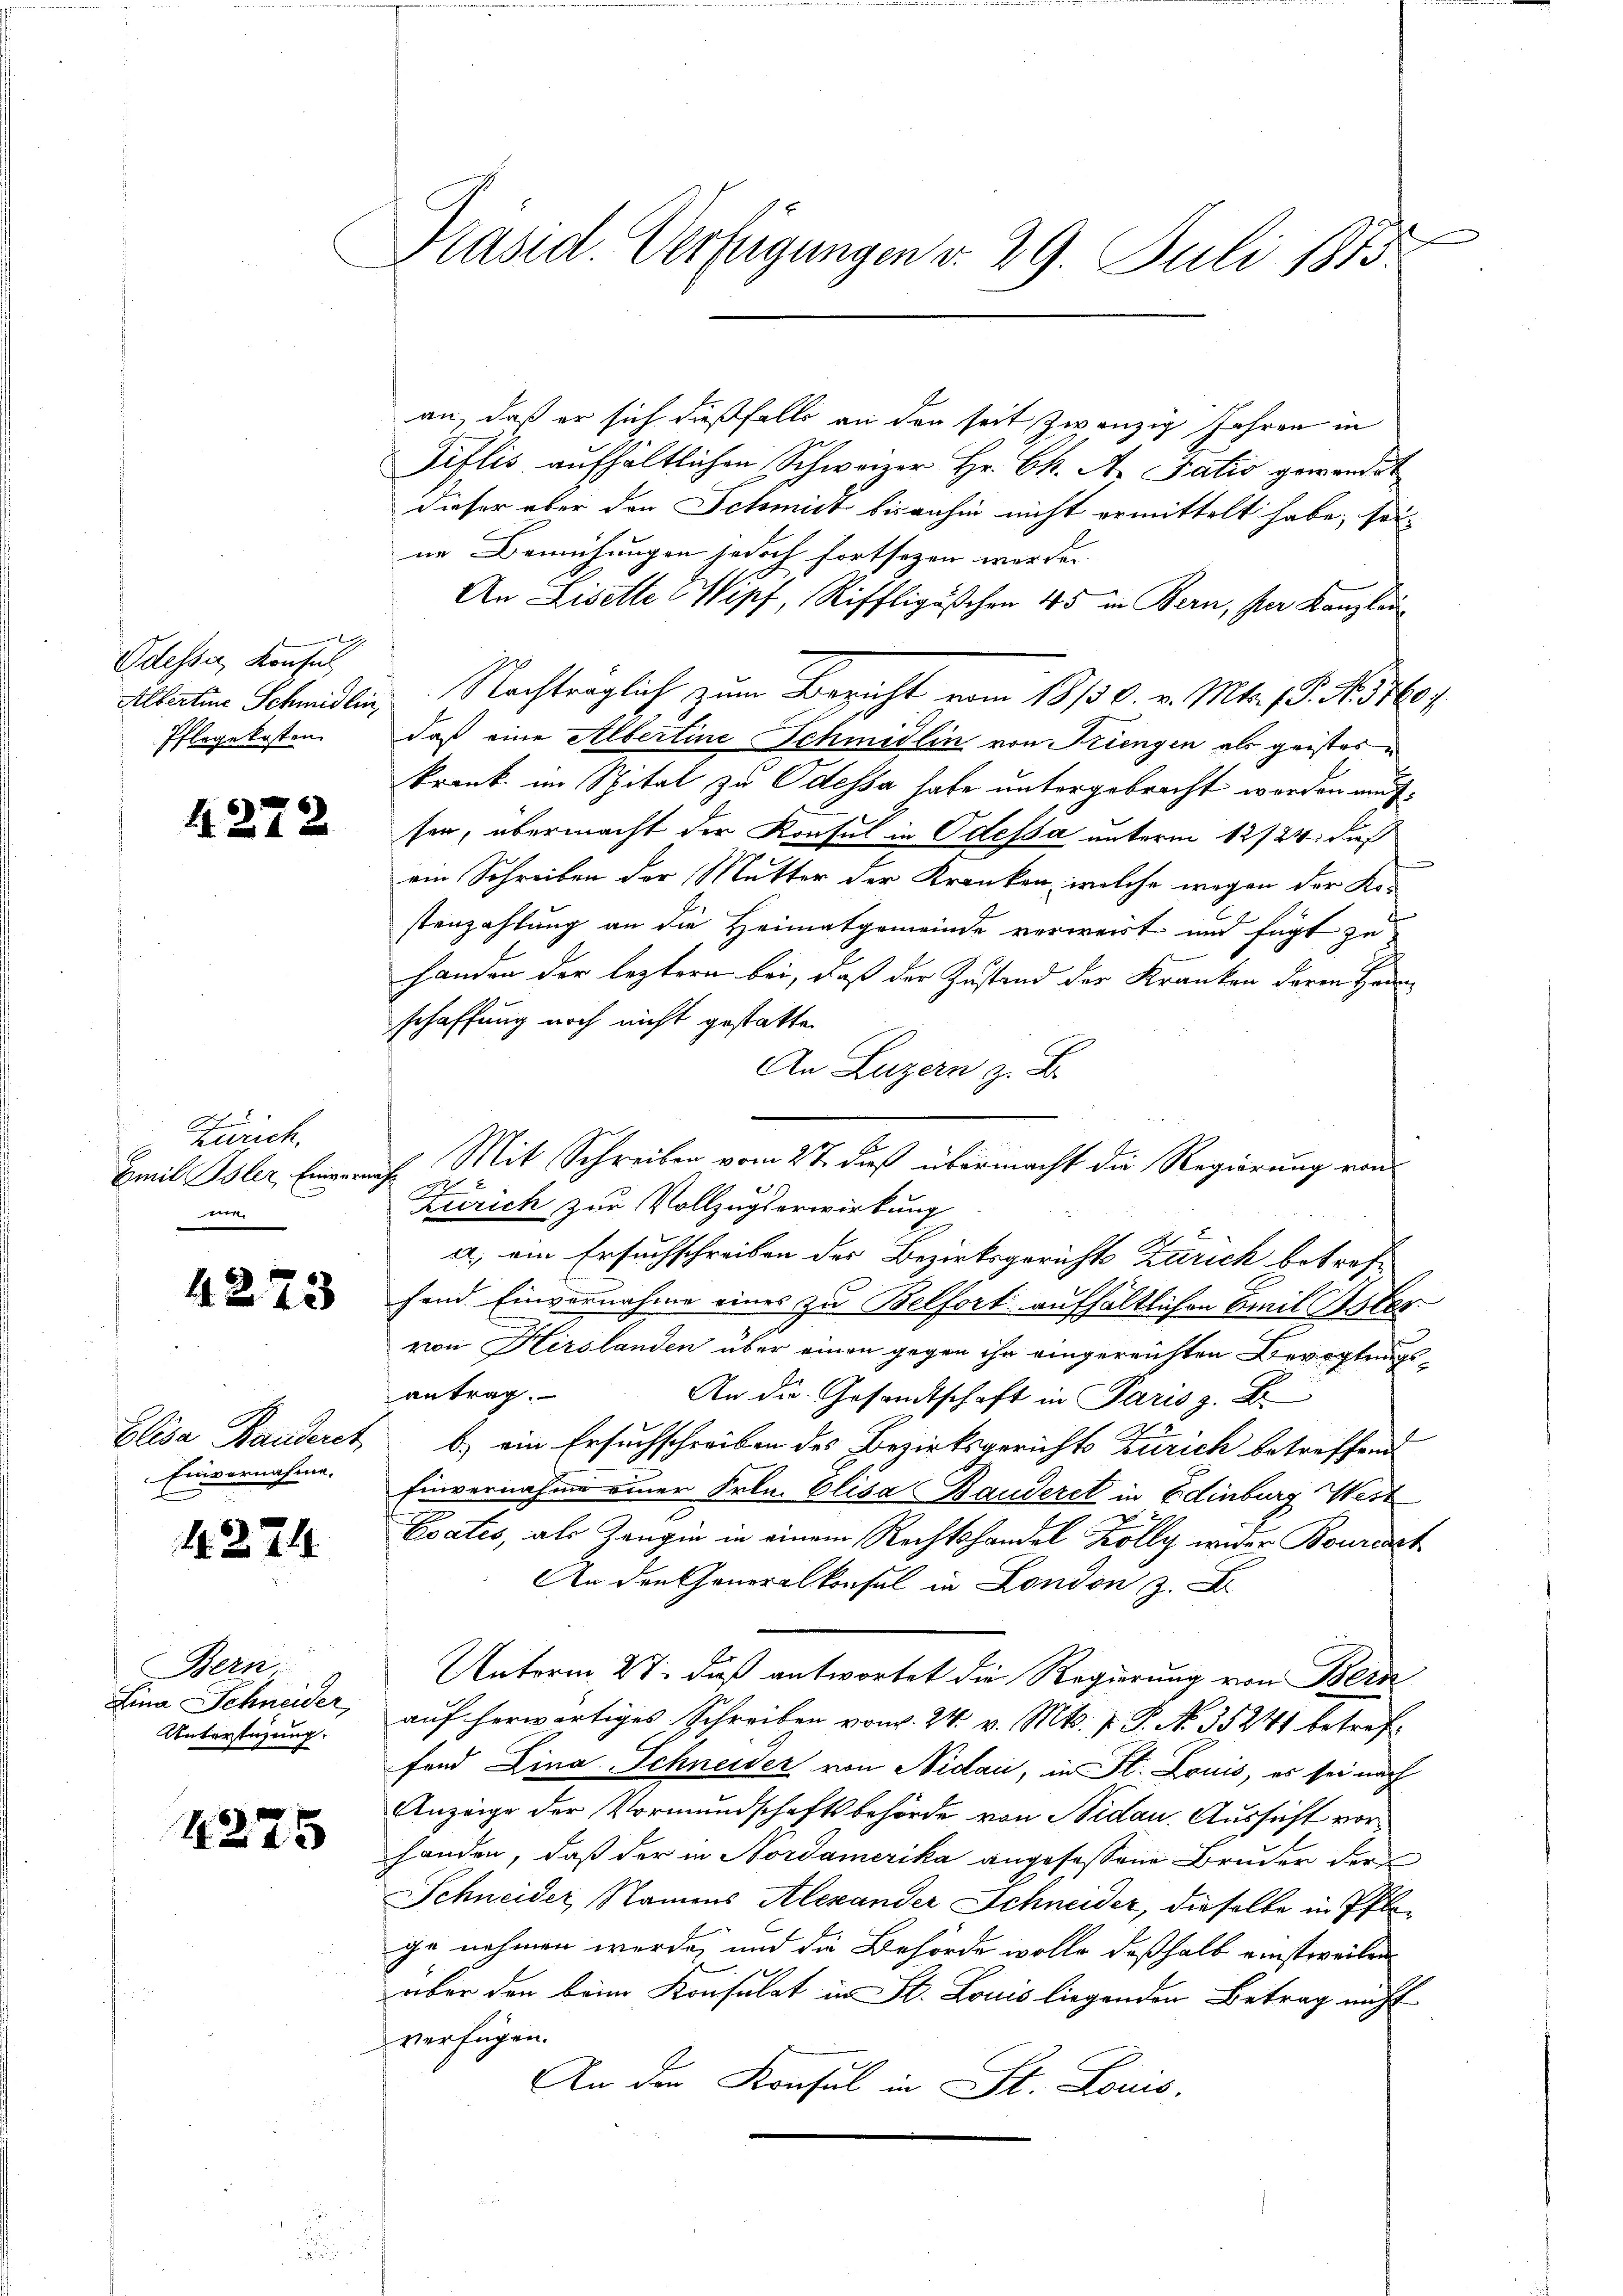
.
Odesser Konfel
Pflegekosten

4272

Zürich.
Emil Isler, Einverven

4273

Einvernahme.
e

4. 271

Bern
Lina Schneider
Unterstüzung.

4275

Präsid. Verfügungen v. 29. Juli 1883.

an, daß er sich dießfalls an der seit zwanzig Jahren in
Fiflis aufhältlichen Schweizer Hr. Ch. A. Satis gewandet
dieser aber den Schmitt bisanhin nicht ermittelt habe, son
ne Bemühungen jedoch fortsezen werden.
An Liselte & Wipf, Riffligäschen 45 in Bern, per Kanzlei
Alberten Schmidlin. Nachträglich zum Bericht vom 18/30. v. Mts. S. N. 570,
daß eine Albertine Schmidlin von Friengen als geistes
krank im Spital zu Odessa habe untergebracht worden aussen, übermacht der Konsul in Odessa unterm 12724. dieß
.
ein Schreiben der Mutter der Kranken, welche wegen der Kostenzahlung an die Heimatgemeinde verweist und fügt zu
handen der leztern bei, daß der Zustand der Kranken deren Harm
schaffung noch nicht gestatte.
An Luzern z. B.
. Mit Schreiben vom 27. dieß übermacht die Regierung von
Zürich zur Vollzugserwirkung
a) ein Ersuchschreiben des Bezirksgerichts Zürich betreffand Einvernahme eines zu Belfort aufhältlichen Emil Oster
von Hirslanden über einen gegen ihr eingereichten Bevogtungsantrag.
An die Gesandtschaft in Paris z. B.
Elisa Banderet b.) ein Ersuchschreiben des Bezirksgerichts Zürich betreffend
Einvernahme einer Frln. Elisa Bauderet in Edinburg Wert
Esatis, als Zeugin in einem Rechtshandel Kölly wieder Bourcart
An den Generalkonsul in London
Unterm 27. daß antwortet die Regierung von Bern
auf herwärtiges Schreiben vom 24. v. Mts. f. P. No. 35241 betreffend Lina Schneider von Nidau, in St. Louis, es sei nach
Anzeige der Vormundschaftsbehörde von Nidau. Aussicht vorhanden, daß der in Nordamerika angefassene Bruder der
Schneider, Namens Alexander Schneider, dieselbe in Pflege nehmen werde, und die Behörde wolle deßhalb einstweilen
über den beim Konsulat in St. Louis liegenden Betrag nicht
verfügen.
An der Konsul in St. Louis

x
Ah.

E